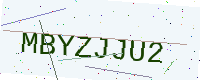
Text: MBYZJJU2